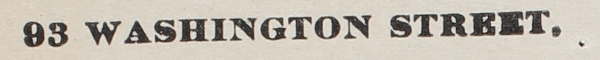
93 WASHINGTON STREET.